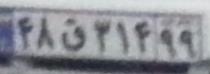
۴۸ق۳۱۴۹۹